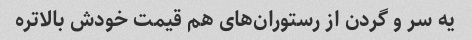
یه سر و گردن از رستوران‌های هم قیمت خودش بالاتره